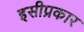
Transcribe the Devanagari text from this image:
इसीप्रकार